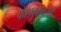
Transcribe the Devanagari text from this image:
फेसबुकवरची